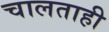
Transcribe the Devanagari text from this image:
चालताही